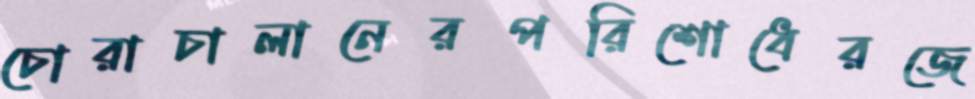
চোরাচালানেরপরিশোধেরজে